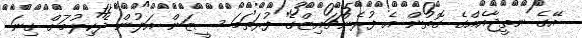
އޭގެ ނތީޖާއެއްގެ ގޮތުން އެ ފުރެންޗައިޒްގެ ފުރަތަމަ ސީޒަން އަލުން ދެކިލުމަށް ގިނަ